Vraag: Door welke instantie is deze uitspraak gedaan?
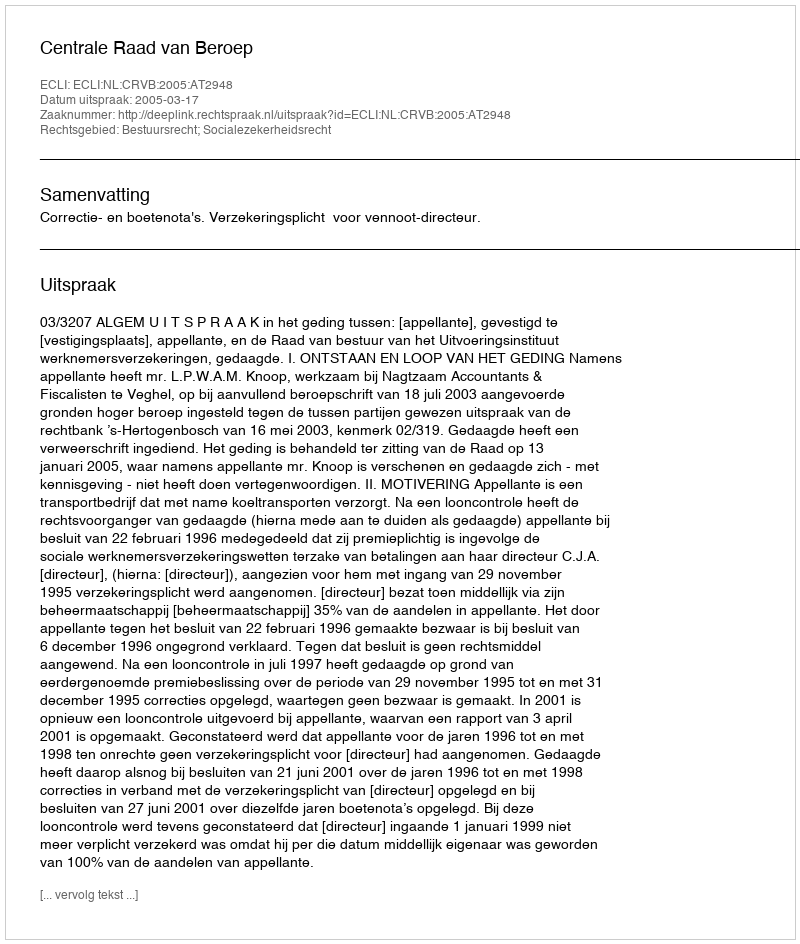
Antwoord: Centrale Raad van Beroep